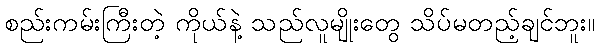
စည်းကမ်းကြီးတဲ့ ကိုယ်နဲ့ သည်လူမျိုးတွေ သိပ်မတည့်ချင်ဘူး။